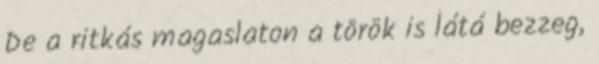
De a ritkás magaslaton a török is látá bezzeg,